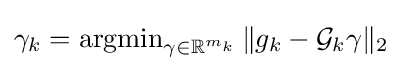
\gamma _{k}=\operatorname {argmin} _{\gamma \in \mathbb {R} ^{m_{k}}}\|g_{k}-{\mathcal {G}}_{k}\gamma \|_{2}